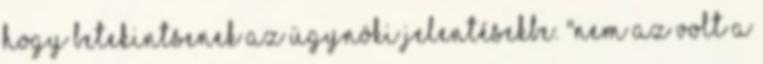
hogy betekintsenek az ügynöki jelentésekbe. "Nem az volt a